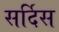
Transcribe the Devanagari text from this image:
सर्दिस